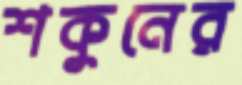
শকুনের